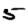
Digit: 5